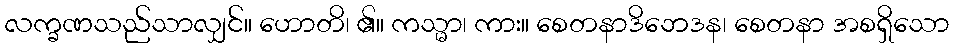
လက္ခဏသည်သာလျှင်။ ဟောတိ၊ ၏။ ကသ္မာ၊ ကား။ စေတနာဒိဘေဒန၊ စေတနာ အစရှိသော